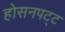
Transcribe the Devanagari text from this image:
होसनपट्ट